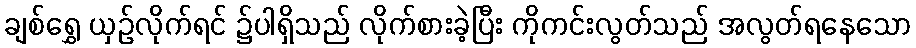
ချစ်ရွှေ ယှဉ်လိုက်ရင် ၌ပါရှိသည် လိုက်စားခဲ့ပြီး ကိုကင်းလွတ်သည် အလွတ်ရနေသော